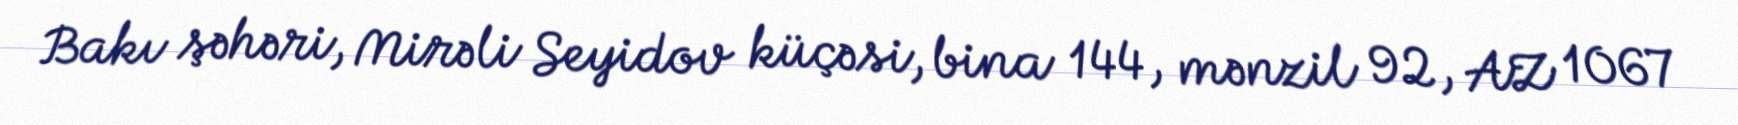
Bakı şəhəri, Mirəli Seyidov küçəsi, bina 144, mənzil 92, AZ 1067